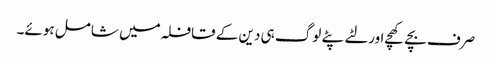
صرف بچے کھچے اور لٹے پٹے لوگ ہی دین کے قافلہ میں شامل ہوئے۔